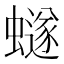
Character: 𮕆